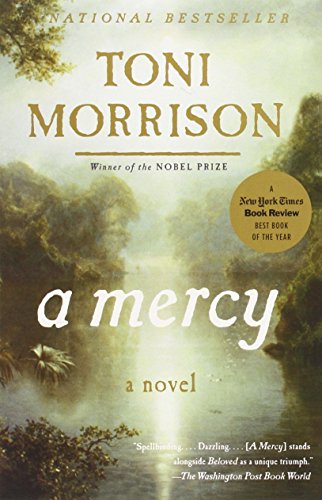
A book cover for A Mercy; Toni Morrison; Literature & Fiction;